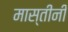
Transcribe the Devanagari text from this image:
मास्तीनी